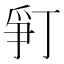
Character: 𬋨